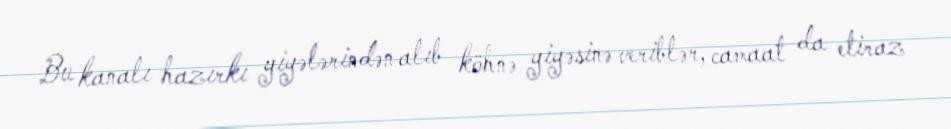
Bu kanalı hazırkı yiyələrindən alıb köhnə yiyəsinə veriblər, camaat da etiraz